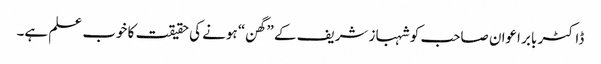
ڈاکٹر بابر اعوان صاحب کو شہباز شریف کے ”گھن“ ہونے کی حقیقت کا خوب علم ہے۔